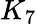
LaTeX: K_{7}